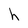
Character: h